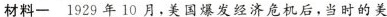
材料一 1929年10月，美国爆发经济危机后，当时的美